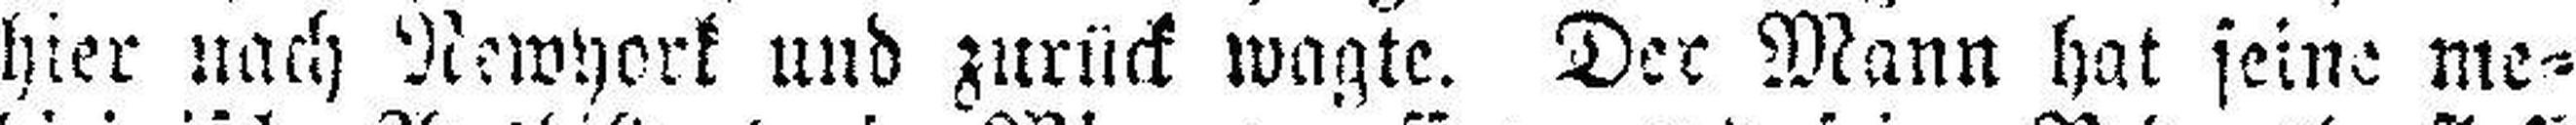
hier nach Newyork und zurück wagte. Der Mann hat seine me¬